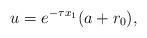
LaTeX: \begin{align*}u=e^{-\tau x_1}(a+r_0),\end{align*}